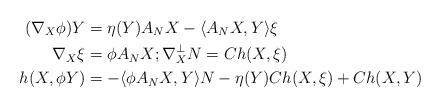
LaTeX: \begin{align*}(\nabla_X\phi)Y &=\eta(Y)A_NX-\langle A_NX,Y\rangle\xi \\\nabla_X\xi &=\phi A_NX; \nabla^\perp_XN=Ch(X,\xi) \\h(X,\phi Y) &=-\langle \phi A_NX,Y\rangle N-\eta(Y)Ch(X,\xi)+Ch(X,Y) \end{align*}